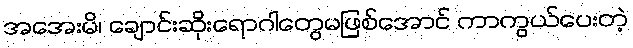
အအေးမိ၊ ချောင်းဆိုးရောဂါတွေမဖြစ်အောင် ကာကွယ်ပေးတဲ့